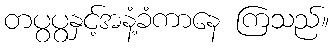
တပွပွနှင့်အနံ့ခံကာနေ ကြသည်။